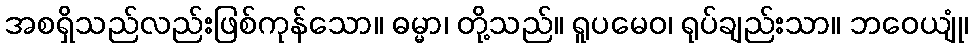
အစရှိသည်လည်းဖြစ်ကုန်သော။ ဓမ္မာ၊ တို့သည်။ ရူပမေဝ၊ ရုပ်ချည်းသာ။ ဘဝေယျုံ၊